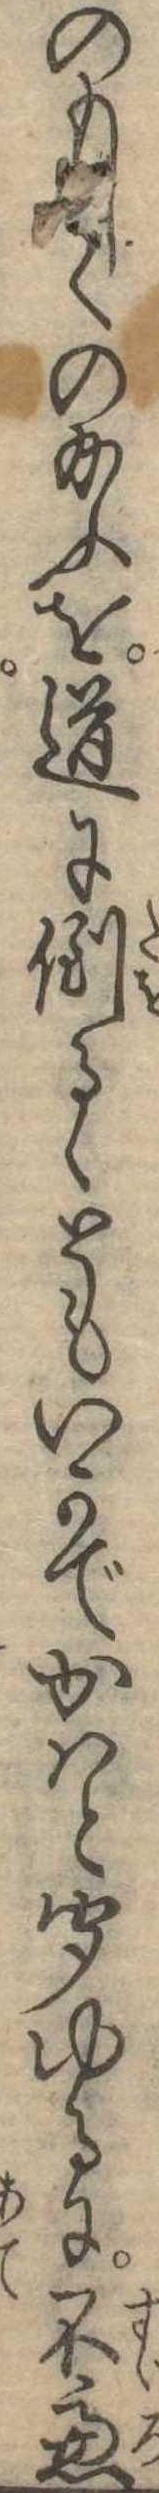
のもしくの給ふを道に倒るゝともいかでかはと聞ゆるに不慮